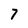
Character: 7